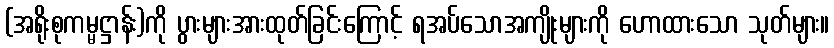
(အရိုးစုကမ္မဋ္ဌာန်း)ကို ပွားများအားထုတ်ခြင်းကြောင့် ရအပ်သောအကျိုးများကို ဟောထားသော သုတ်များ။